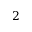
2